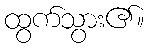
ထွက်သွား၏။